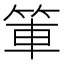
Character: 𫁿